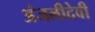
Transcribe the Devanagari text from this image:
अंजलीदेवी